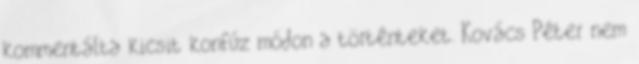
kommentálta kicsit konfúz módon a történteket. Kovács Péter nem